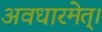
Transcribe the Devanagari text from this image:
अवधारमेत्।